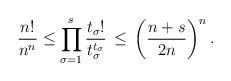
LaTeX: \begin{align*}\frac{n!}{n^n} \leq \prod_{\sigma = 1}^s \frac{t_\sigma!}{t_\sigma^{t_\sigma}}\, \leq\, \left(\frac{n+s}{2n}\right)^n.\end{align*}